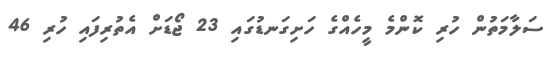
ސަލާމަތުން ހުރި ކޮންމެ މީހެއްގެ ހަށިގަނޑުގައި 23 ޖޯޑަށް އެތުރިފައި ހުރި 46